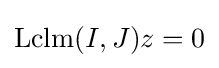
\operatorname {Lclm} (I,J)z=0